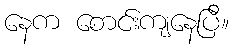
နေက စောင်းကျနေပြီ။